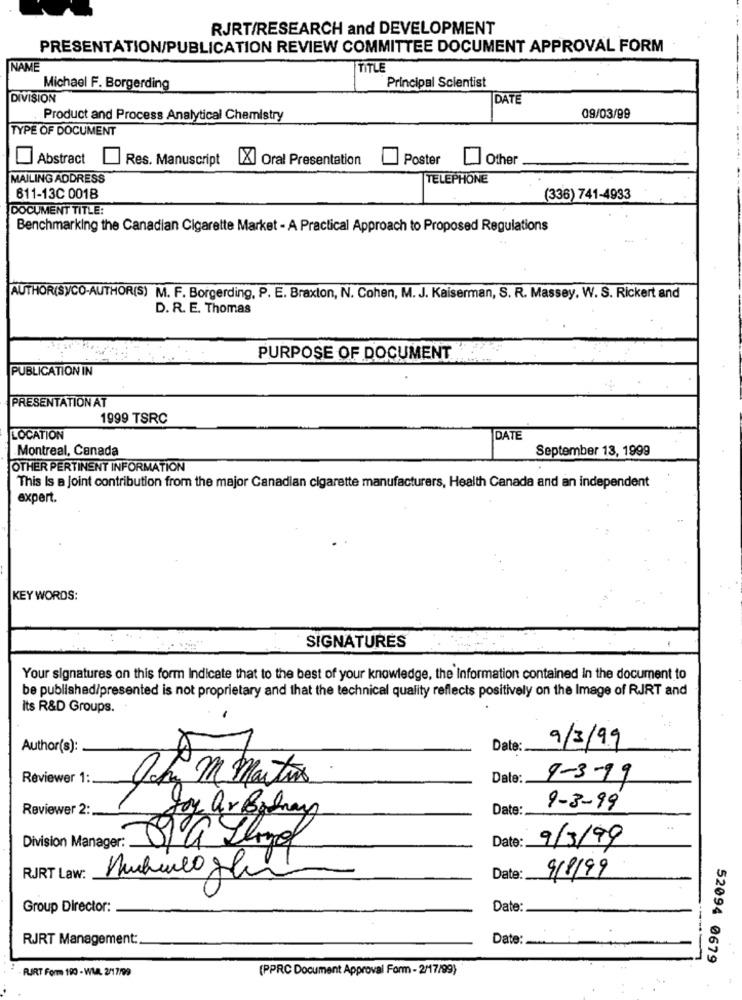
RJRT/RESEARCH and DEVELOPMENT
PRESENTATION/PUBLICATION REVIEW COMMITTEE DOCUMENT APPROVAL FORM
NAME
TITLE
Michael F. Borgerding
Principal Scientist
DIVISION
DATE
Product and Process Analytical Chemistry
09/03/99
TYPE OF DOCUMENT
Abstract
Res. Manuscript
[X] Oral Presentation
Poster
Other
MAILING ADDRESS
TELEPHONE
611-13C 0018
(336) 741-4933
DOCUMENT TITLE:
Benchmarking the Canadian Cigarette Market - A Practical Approach to Proposed Regulations
AUTHOR(SyCO-AUTHOR(S) M. F. Borgerding, P. E. Braxton, N. Cohen, M. J. Kaiserman, S. R. Massey, W. S. Rickert and
D. R. E. Thomas
PURPOSE OF DOCUMENT
PUBLICATION IN
PRESENTATION AT
1999 TSRC
LOCATION
DATE
Montreal, Canada
September 13, 1999
OTHER PERTINENT INFORMATION
This Is a joint contribution from the major Canadian cigarette manufacturers, Health Canada and an independent
expert.
KEY WORDS:
SIGNATURES
Your signatures on this form Indicate that to the best of your knowledge, the Information contained In the document to
be published/presented is not proprietary and that the technical quality reflects positively on the Image of RJRT and
its R&D Groups.
9/3/99
Author(s):
Date:
Reviewer 1:
Och M Martins
Date:
9-3-99
Reviewer 2:
Date:
9-3-99
Hoy ar Bolway
Date:
9/3/99
Division Manager:
RJRT Law:
Date:
9/8/99
Group Director:
Date:
RJRT Management:
Date:
52094 0679
PORT Form 190 - WLA. 2/17/99
(PPRC Document Approval Form - 2/17/99)